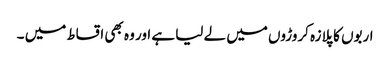
اربوں کا پلازہ کروڑوں میں لے لیا ہے اور وہ بھی اقساط میں ۔